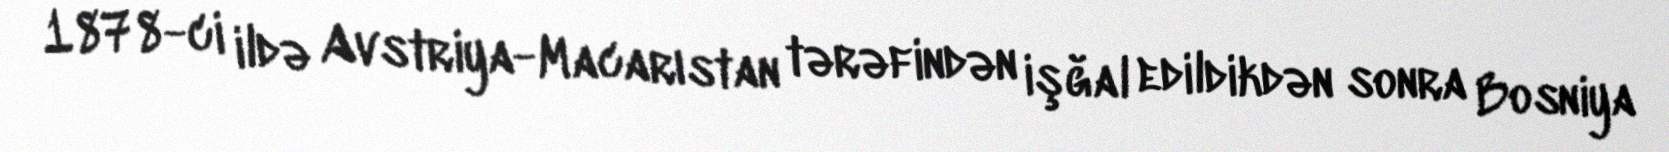
1878-ci ildə Avstriya-Macarıstan tərəfindən işğal edildikdən sonra Bosniya